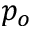
p _ { o }